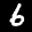
Label: 6